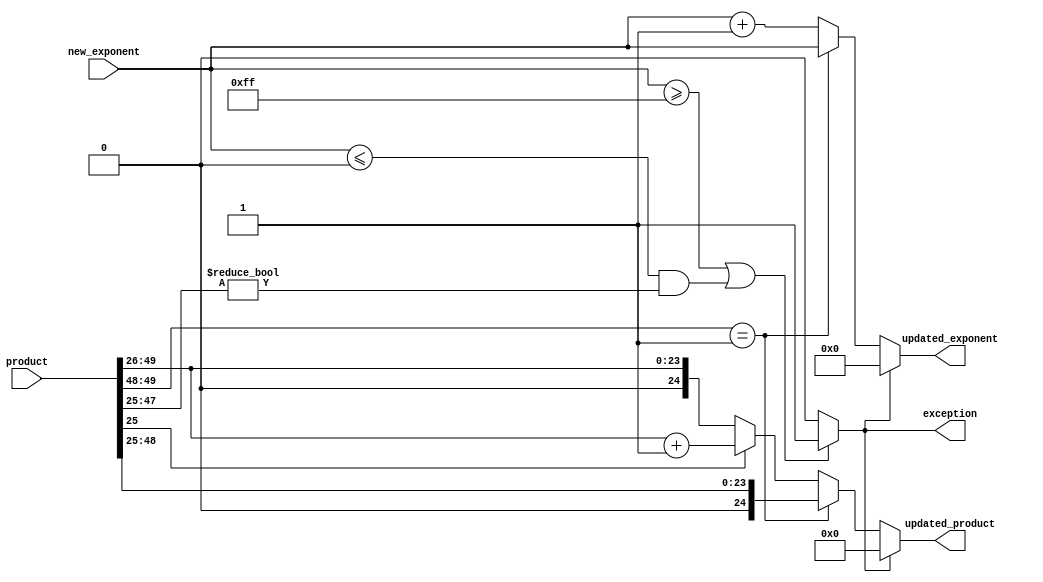
module c_normalize1(product, new_exponent, updated_exponent, updated_product,exception);

input [50:0] product;
input [8:0] new_exponent;

output reg [8:0] updated_exponent;
output reg [24:0] updated_product;

reg [24:0]temp_reg;
reg [23:0]new_sum_temp;

output reg exception;




always@(*)
begin
	temp_reg[24:0] = product[49:25];
end

always@(*)
begin

	if((new_exponent>=8'b11111111) || ((new_exponent<=8'b00000000) && (product[47:25]!=23'b0)))
	exception = 1'b1;
	else
	exception = 1'b0;
	

end

always@(*)
begin

	if(exception == 1'b0)
	begin
		if(temp_reg[24:23] == 2'b01)   //if(sum[24:23] == 2'b00 || sum[24:23] == 2'b01)
		begin
			updated_product = {1'b0,temp_reg[23:0]};
			updated_exponent = new_exponent;

		end
		else
	 	begin
			if(temp_reg[0] == 1'b0)
			begin
			updated_product = {1'b0,temp_reg[24:1]};
			updated_exponent = {1'b0,new_exponent} +1'b1;
			
			end	
			else if(temp_reg[0] == 1'b1)
			begin
			new_sum_temp = temp_reg[24:1];
			updated_product= new_sum_temp + 1'b1;
			updated_exponent = {1'b0,new_exponent} +1'b1;
		
			end
			else
			begin
			
			updated_product = 25'b0;
			updated_exponent = 8'b0;
			end
		end
	end
	else
			begin
			
			updated_product = 25'b0;
			updated_exponent = 8'b0;
			end
	
end



endmodule